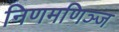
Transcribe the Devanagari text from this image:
निणमणिञ्ज